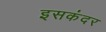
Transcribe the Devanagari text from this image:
इसकंदर